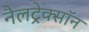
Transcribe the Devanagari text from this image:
नैलट्रेक्सॉन